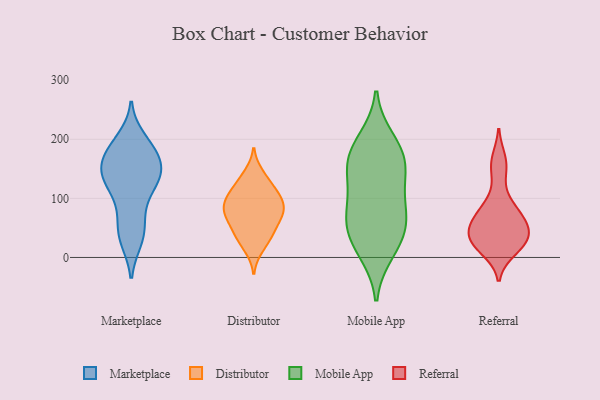
{"axis": {"x": "Gross Profit (USD K)", "y": "Value"}, "legend": ["Distributor", "Marketplace", "Mobile App", "Referral"], "data": [{"x": "", "y": 149, "type": "Marketplace"}, {"x": "", "y": 41, "type": "Marketplace"}, {"x": "", "y": 169, "type": "Marketplace"}, {"x": "", "y": 135, "type": "Marketplace"}, {"x": "", "y": 155, "type": "Marketplace"}, {"x": "", "y": 187, "type": "Marketplace"}, {"x": "", "y": 154, "type": "Marketplace"}, {"x": "", "y": 183, "type": "Marketplace"}, {"x": "", "y": 161, "type": "Marketplace"}, {"x": "", "y": 74, "type": "Marketplace"}, {"x": "", "y": 30, "type": "Marketplace"}, {"x": "", "y": 133, "type": "Marketplace"}, {"x": "", "y": 131, "type": "Marketplace"}, {"x": "", "y": 191, "type": "Marketplace"}, {"x": "", "y": 125, "type": "Marketplace"}, {"x": "", "y": 29, "type": "Marketplace"}, {"x": "", "y": 55, "type": "Marketplace"}, {"x": "", "y": 200, "type": "Marketplace"}, {"x": "", "y": 98, "type": "Marketplace"}, {"x": "", "y": 123, "type": "Marketplace"}, {"x": "", "y": 84, "type": "Distributor"}, {"x": "", "y": 141, "type": "Distributor"}, {"x": "", "y": 109, "type": "Distributor"}, {"x": "", "y": 86, "type": "Distributor"}, {"x": "", "y": 16, "type": "Distributor"}, {"x": "", "y": 78, "type": "Distributor"}, {"x": "", "y": 40, "type": "Distributor"}, {"x": "", "y": 43, "type": "Distributor"}, {"x": "", "y": 61, "type": "Distributor"}, {"x": "", "y": 94, "type": "Distributor"}, {"x": "", "y": 106, "type": "Distributor"}, {"x": "", "y": 30, "type": "Distributor"}, {"x": "", "y": 74, "type": "Distributor"}, {"x": "", "y": 132, "type": "Distributor"}, {"x": "", "y": 112, "type": "Distributor"}, {"x": "", "y": 68, "type": "Distributor"}, {"x": "", "y": 10, "type": "Mobile App"}, {"x": "", "y": 26, "type": "Mobile App"}, {"x": "", "y": 69, "type": "Mobile App"}, {"x": "", "y": 154, "type": "Mobile App"}, {"x": "", "y": 169, "type": "Mobile App"}, {"x": "", "y": 145, "type": "Mobile App"}, {"x": "", "y": 39, "type": "Mobile App"}, {"x": "", "y": 76, "type": "Mobile App"}, {"x": "", "y": 179, "type": "Mobile App"}, {"x": "", "y": 117, "type": "Mobile App"}, {"x": "", "y": 198, "type": "Mobile App"}, {"x": "", "y": 71, "type": "Mobile App"}, {"x": "", "y": 49, "type": "Referral"}, {"x": "", "y": 165, "type": "Referral"}, {"x": "", "y": 61, "type": "Referral"}, {"x": "", "y": 93, "type": "Referral"}, {"x": "", "y": 29, "type": "Referral"}, {"x": "", "y": 13, "type": "Referral"}, {"x": "", "y": 81, "type": "Referral"}, {"x": "", "y": 52, "type": "Referral"}, {"x": "", "y": 29, "type": "Referral"}, {"x": "", "y": 65, "type": "Referral"}, {"x": "", "y": 149, "type": "Referral"}, {"x": "", "y": 25, "type": "Referral"}, {"x": "", "y": 26, "type": "Referral"}]}